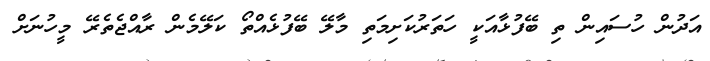
އަދުން ހުސައިން ތި ބޭފުޅާއަކީ ހަތަރުކަށިމަތި މާލޭ ބޭފުޅެއްތޯ ކަލޭމެން ރާއްޖެތެރޭ މީހުނަށް